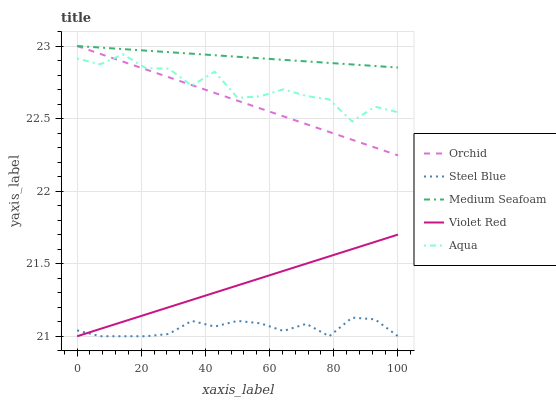
| xaxis_label | Orchid | Steel Blue | Medium Seafoam | Violet Red | Aqua |
 | --- | --- | --- | --- | --- | --- |
 | 0 | 23 | 21 | 23 | 21 | 22.9 |
 | 7.14 | 22.9 | 21 | 23 | 21.1 | 22.9 |
 | 14.3 | 22.9 | 21 | 23 | 21.1 | 22.9 |
 | 21.4 | 22.8 | 21 | 23 | 21.2 | 22.8 |
 | 28.6 | 22.8 | 21 | 23 | 21.2 | 22.8 |
 | 35.7 | 22.7 | 21.1 | 22.9 | 21.3 | 22.7 |
 | 42.9 | 22.7 | 21.1 | 22.9 | 21.3 | 22.8 |
 | 50 | 22.6 | 21.1 | 22.9 | 21.4 | 22.6 |
 | 57.1 | 22.6 | 21.1 | 22.9 | 21.4 | 22.7 |
 | 64.3 | 22.5 | 21 | 22.9 | 21.5 | 22.7 |
 | 71.4 | 22.5 | 21.1 | 22.9 | 21.5 | 22.7 |
 | 78.6 | 22.4 | 21 | 22.9 | 21.6 | 22.6 |
 | 85.7 | 22.4 | 21.1 | 22.9 | 21.6 | 22.5 |
 | 92.9 | 22.3 | 21.1 | 22.9 | 21.7 | 22.6 |
 | 100 | 22.2 | 21 | 22.9 | 21.7 | 22.5 |